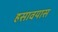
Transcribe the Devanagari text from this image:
हसावयास